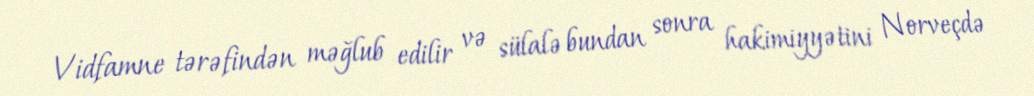
Vidfamne tərəfindən məğlub edilir və sülalə bundan sonra hakimiyyətini Norveçdə